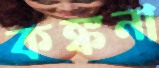
কঙ্কনা